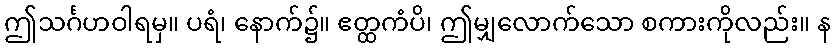
ဤသင်္ဂဟဝါရမှ။ ပရံ၊ နောက်၌။ ဧတ္ထကံပိ၊ ဤမျှလောက်သော စကားကိုလည်း။ န